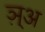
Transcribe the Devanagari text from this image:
ञ़्अ